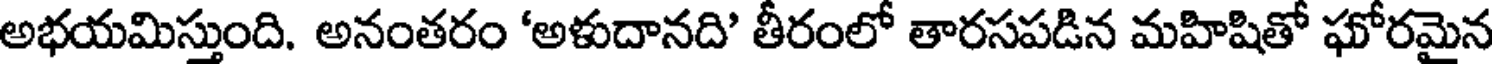
అభయమిస్తుంది. అనంతరం 'అళుదానది తీరంలో తారసపడిన మహిషితో ఘోరమైన